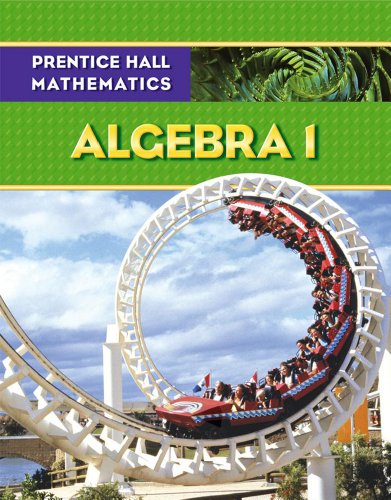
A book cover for PRENTICE HALL MATH ALGEBRA 1 STUDENT EDITION; PRENTICE HALL; Teen & Young Adult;